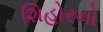
શિહોરનો